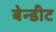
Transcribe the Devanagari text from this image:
बेन्डीट